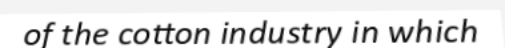
of the cotton industry in which